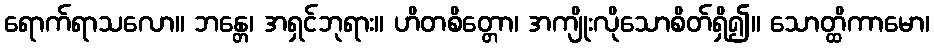
ရောက်ရာသလော။ ဘန္တေ၊ အရှင်ဘုရား။ ဟိတစိတ္တော၊ အကျိုးလိုသောစိတ်ရှိ၍။ သောတ္ထိကာမော၊